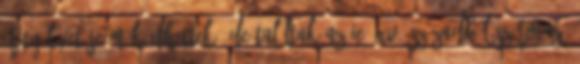
árnyékvetője működhettek, de találtak az ie. XV. századból származó